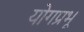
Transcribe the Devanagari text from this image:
योगप्रभू